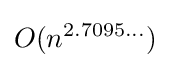
O(n^{2.7095...})